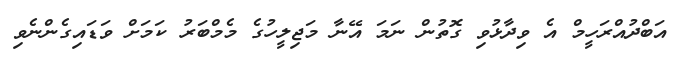
އަބްދުއްރަހީމް އެ ވިދާޅުވި ގޮތުން ނަމަ އޭނާ މަޖިލީހުގެ މެމްބަރު ކަމަށް ވަޑައިގެންނެވި